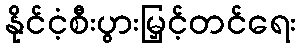
နိုင်ငံ့စီးပွားမြှင့်တင်ရေး